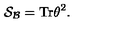
{ \cal S _ { B } } = \mathrm { T r } \theta ^ { 2 } .